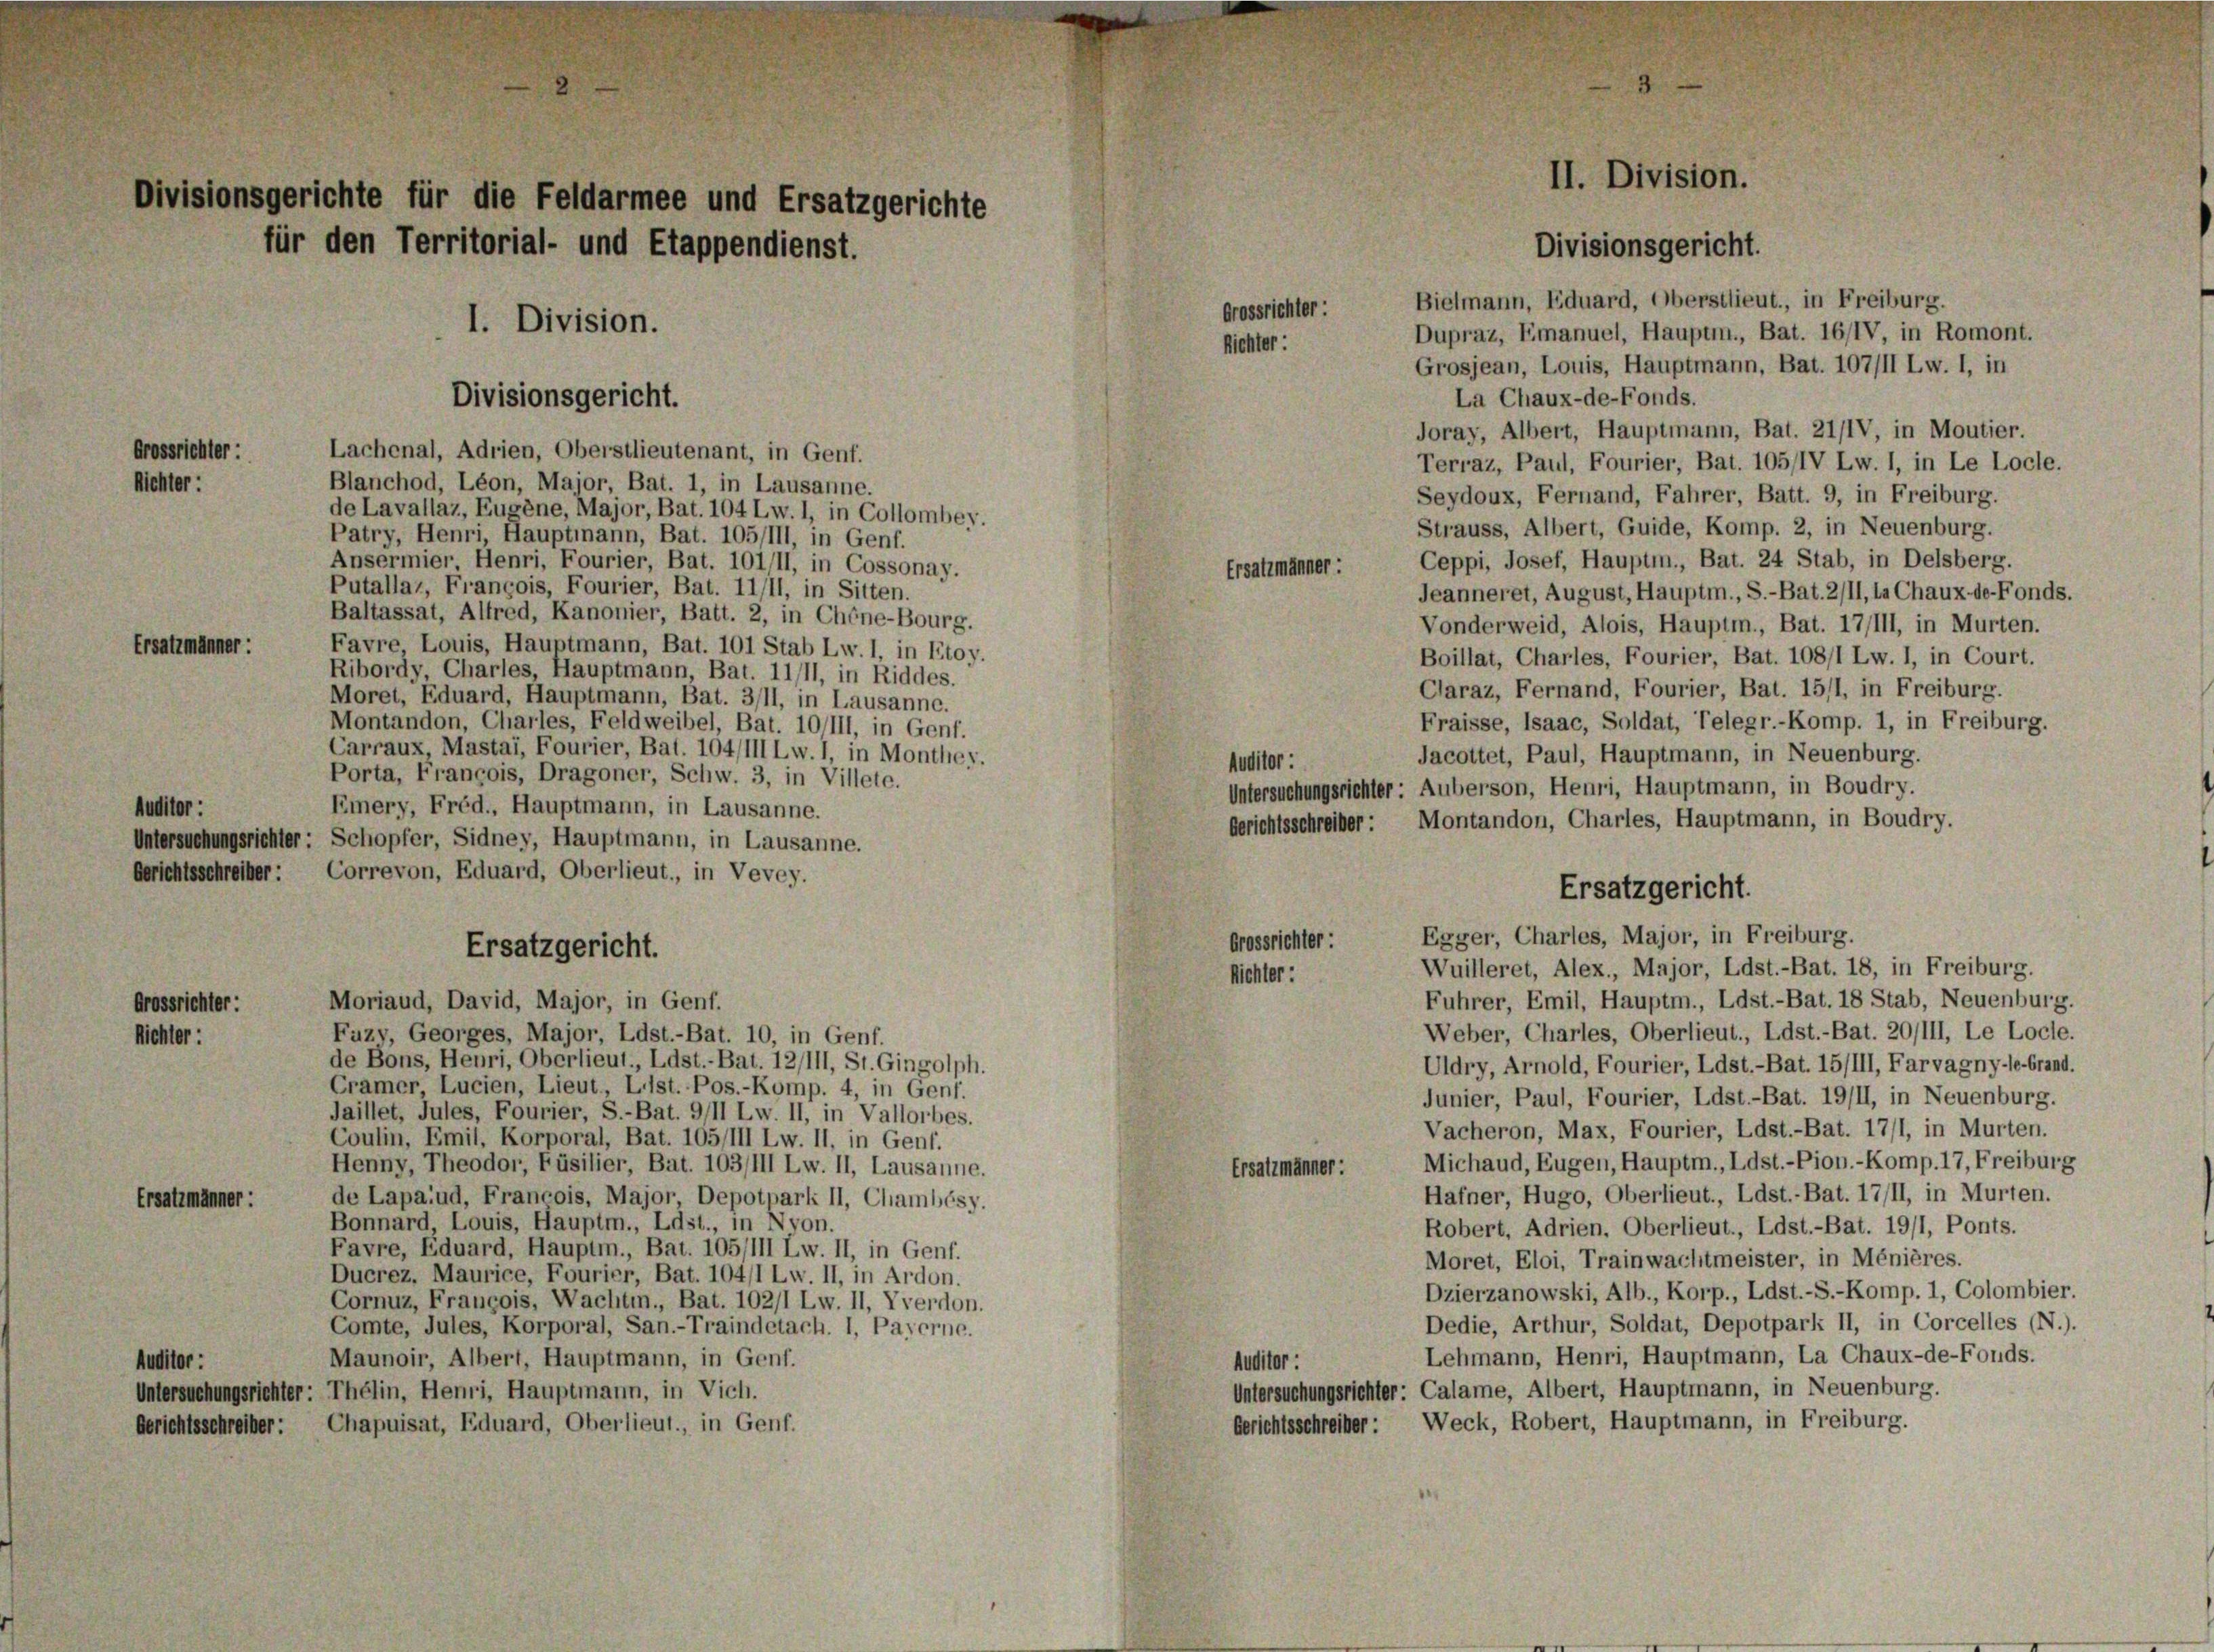
chler:

ionsgerichte für die Feldarmee und Ersatzgeri
für den Territorial- und Etappendienst.

Divisionsgericht.
Lachenal, Adrien, Oberstlieutenant, in Genf.
Blanchod, Léon, Major, Bat. 1, in Lausanne.
de Lavallaz, Eugène, Major, Bat. 104 Lw. 1, in Collombey.
Patry, Henri, Hauptmann, Bat. 105/111, in Genf.

I. Division.

Ansermier Henri, Fourier, Bat. 101/II, in Cossonay.
Putallat, Francois, Fourier, Bat. 11/11, in Sitten.
Baltassat, Alfred, Kanonier, Batt. 2, in Chine-Bourg.
Favre, Louis, Hauptmann, Bat. 101 Stab Lw. 1, in Etoy.
Ribordy, Charles, Hauptmann, Bat. 11/11, in Riddes.
Moret, Eduard, Hauptmann, Bat. 3/11, in Lausanne.
Montandon, Charles, Feldweibel, Bat. 10/111, in Genf.
Carraux, Mastai, Fourier, Bat. 104/III Lw. 1, in Monthes.
Porta, François, Dragoner, Schw. 3, in Villete.
Emery, Fréd., Hauptmann, in Lausanne.
richter: Schopfer, Sidney, Hauptmann, in Lausanne.
er: Correvon, Eduard, Oberlieut., in Vevey.

Ersatzgericht.

rossrichter:
Fuzy, Georges, Major, Ldst.-Bat. 10, in Genf.
de Bons, Henri, Oberlieut., Ldst.-Bat. 12/111, St. Gingolph.
Cramer, Lucien, Lieut, List. Pos.-Komp. 4, in Genf.
Jaillet, Jules, Fourier, S.-Bat. 9/11 Lw. II, in Vallorbes.
Coulin, Emil, Korporal, Bat. 105/III Lw. II, in Genf.
Henny, Theodor, Füsilier, Bat. 103/III Lw. II, Lausanne.
de Lapalud, Francois, Major, Depotpark II, Chambésy.
rsatzmänner:
Bonnard, Louis, Hauptm., Ldst., in Nyon.
Favre, Eduard, Hauptm., Bat. 105/III Lw. II, in Genf.
Ducrez, Maurice, Fourier, Bat. 104/1 Lw. II, in Ardon.
Cornuz, François, Wachten., Bat. 102/1 Lw. II, Yverdon.
Comte, Jules, Korporal, San.-Traindetach. 1, Payerne.
Maunoir, Albert, Hauptmann, in Genf.
ditor :
Versuchungsrichter: Thélin, Henri, Hauptmann, in Vich.
berichtsschreiber: Chapuisat, Eduard, Oberlieut., in Genf.

Moriaud, David, Major, in Genf.

Bielmann, Eduard, Oberstlieut., in Freiburg.
Grossrichter
Dupraz, Emanuel, Hauptm., Bat. 16/IV, in Romont.
Richter:
Joray, Albert, Hauptmann, Bat. 21/IV, in Moutier.
Terraz, Paul, Fourier, Bat. 105/IV Lw. 1, in Le Locle.
Seydoux, Fernand, Fahrer, Batt. 9, in Freiburg.
Strauss, Albert, Guide, Komp. 2, in Neuenburg.
Ceppi, Josef, Hauptm., Bat. 24 Stab, in Delsberg.
Ersahmänner:
Jeanneret, August, Hauptm., S.-Bat. 2/11, la Chaux-de-Fonds.
Vonderweid, Alois, Hauptm., Bat. 17/III, in Murten.
Boillat, Charles, Fourier, Bat. 108/1 Lw. 1, in Court.
Caraz, Fernand, Fourier, Bat. 15/1, in Freiburg.
Fraisse, Isaac, Soldat, Telegr.-Komp. 1, in Freiburg.
Jacottet, Paul, Hauptmann, in Neuenburg.
Untersuchungsrichter: Auberson, Henri, Hauptmann, in Boudry.
berichtsschreiber: Montandon, Charles, Hauptmann, in Boudry.
Ersatzgericht.
Egger, Charles, Major, in Freiburg.
Grossrichter:
Wuilleret, Alex., Major, Ldst.-Bat. 18, in Freiburg.
Richter:
Fuhrer, Emil, Hauptm., Ldst.-Bat. 18 Stab, Neuenburg.
Weber, Charles, Oberlieut., Ldst.-Bat. 20/111, Le Locle.
Uldry, Arnold, Fourier, Ldst.-Bat. 15/III, Farvagny-le-Grand.
Junier, Paul, Fourier, Ldst.-Bat. 19/II, in Neuenburg.
Vacheron, Max, Fourier, Ldst.-Bat. 17/1, in Murten.
Michaud, Eugen, Hauptm., Ldst.-Pion.-Komp. 17, Freiburg
Ersatzmänner:
Hafner, Hugo, Oberlieut., Ldst.-Bat. 17/II, in Murten.
Robert, Adrien, Oberlieut., Ldst.-Bat. 19/1, Ponts.
Moret, Eloi, Trainwachtmeister, in Ménières.
Dzierzanowski, Alb., Korp., Ldst.-S.-Komp. 1, Colombier.
Dedie, Arthur, Soldat, Depotpark II, in Corcelles (N.).
Lehmann, Henri, Hauptmann, La Chaux-de-Fonds.
Auditor :
Untersuchungsrichter: Calame, Albert, Hauptmann, in Neuenburg.
Berichtsschreiber: Weck, Robert, Hauptmann, in Freiburg.

Auditor :

La Chaux-de-Fonds.

II. Division.
Divisionsgericht.

Grosjean, Louis, Hauptmann, Bat. 107/II Lw. 1, in